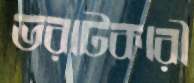
ভরাটকারী